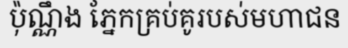
ប៉ុណ្ណឹង ភ្នែកគ្រប់គូរបស់មហាជន